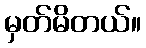
မှတ်မိတယ်။